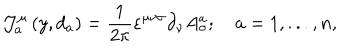
\mathcal { J } _ { a } ^ { \mu } \left( y , d _ { a } \right) = \frac { 1 } { 2 \pi } \varepsilon ^ { \mu \nu \sigma } \partial _ { \nu } A _ { \sigma } ^ { a } ; \quad a = 1 , . . . , n ,